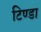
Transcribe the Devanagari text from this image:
टिण्डा